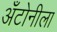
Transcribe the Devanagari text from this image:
अँटोनीला